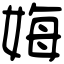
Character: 娒